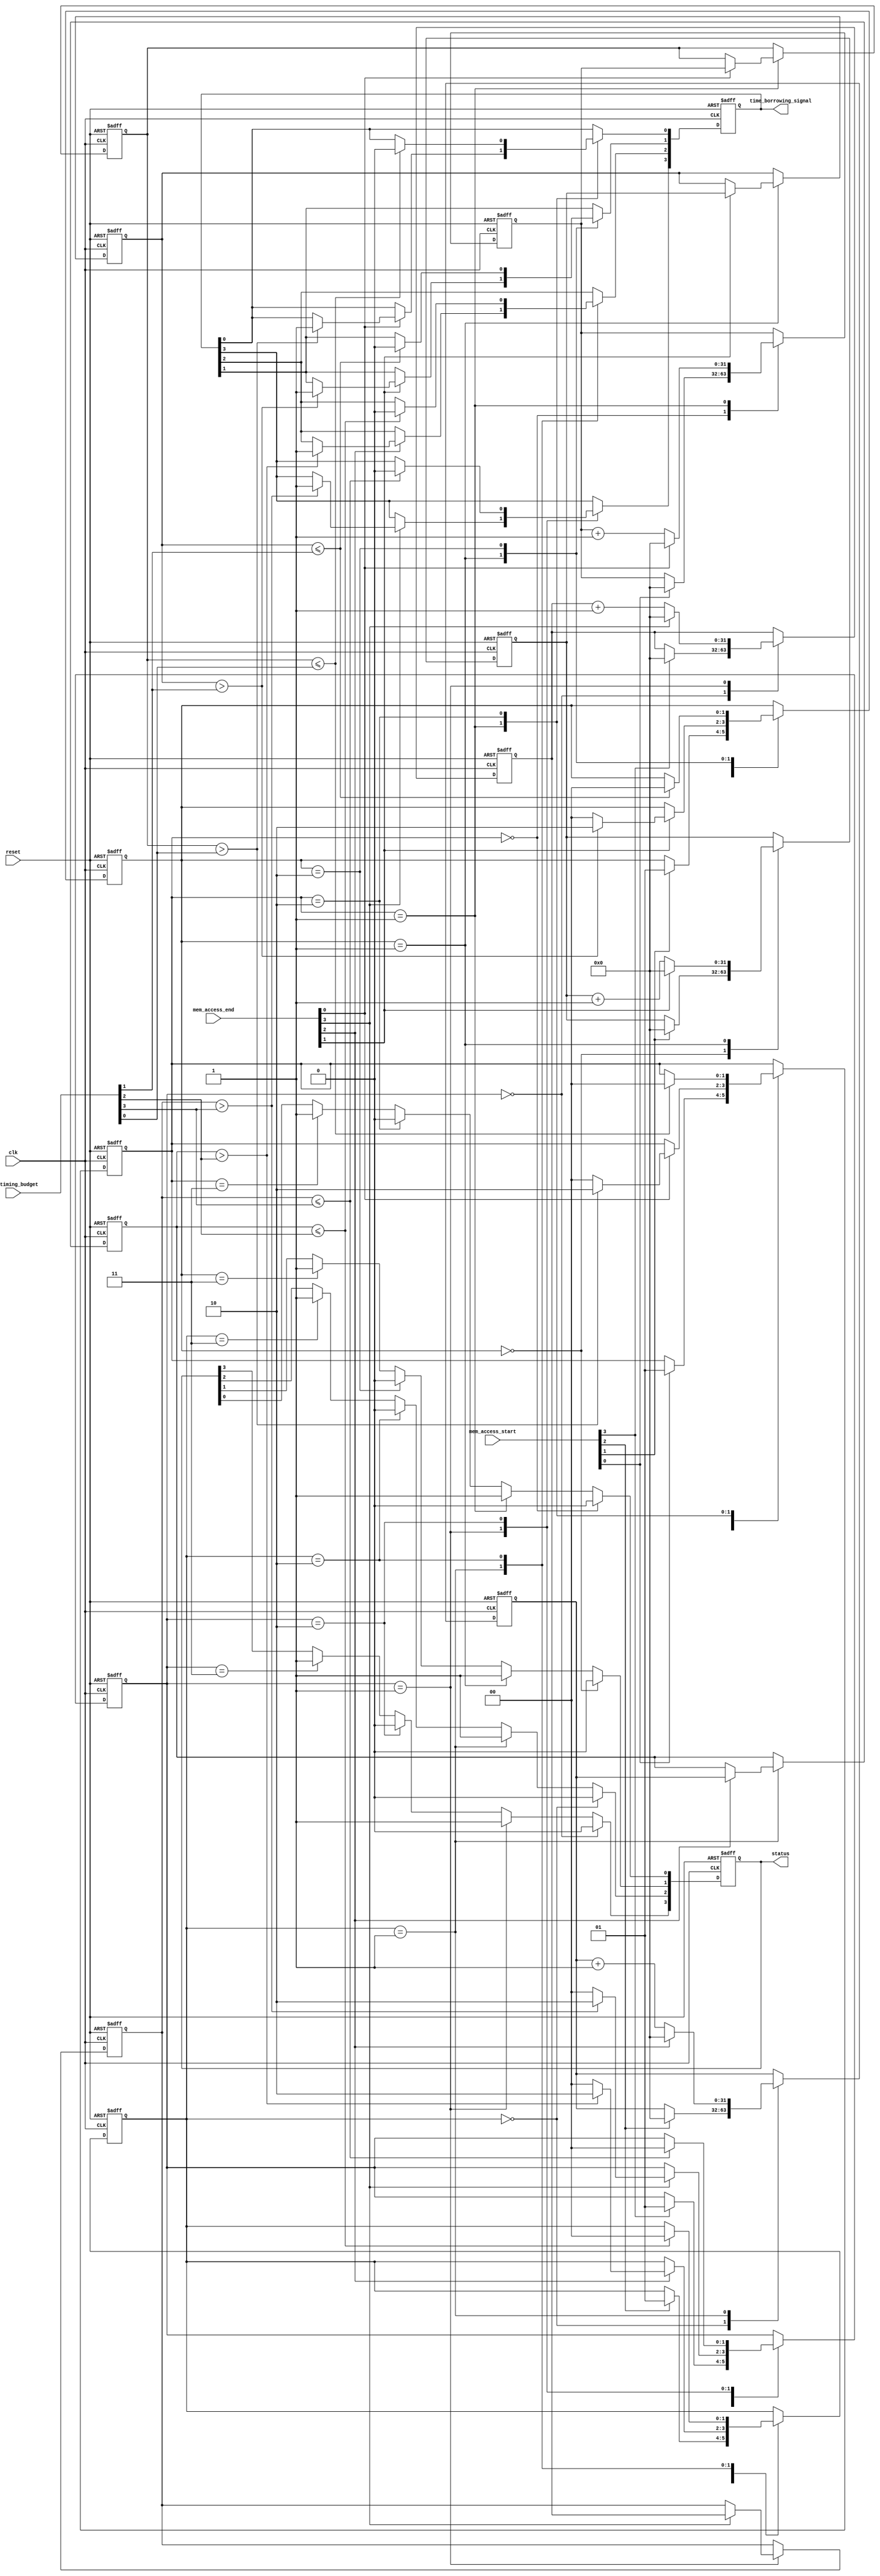
module MemoryBlocksTimeBorrowingDetector (
    input wire clk,
    input wire reset,
    input wire [NUM_BLOCKS-1:0] mem_access_start,  // Start signals for each memory block
    input wire [NUM_BLOCKS-1:0] mem_access_end,    // End signals for each memory block
    input wire [NUM_BLOCKS-1:0] mem_timing_budget,  // Timing budget for each memory block
    output reg [NUM_BLOCKS-1:0] time_borrowing_signal, // Time borrowing detection signal
    output reg [NUM_BLOCKS-1:0] status // Status signals for each memory block
);

parameter NUM_BLOCKS = 4; // Number of memory blocks
parameter IDLE = 2'b00, ACTIVE = 2'b01, BORROW = 2'b10, ERROR = 2'b11;

reg [1:0] state [0:NUM_BLOCKS-1]; // State for each memory block
reg [31:0] timer [0:NUM_BLOCKS-1]; // Timer for each memory block
reg [31:0] elapsed_time [0:NUM_BLOCKS-1]; // Elapsed time for each memory block

integer i;

// State machine and timing logic
always @(posedge clk or posedge reset) begin
    if (reset) begin
        for (i = 0; i < NUM_BLOCKS; i = i + 1) begin
            state[i] <= IDLE;
            timer[i] <= 0;
            elapsed_time[i] <= 0;
            time_borrowing_signal[i] <= 0;
            status[i] <= 0; // Initialize status
        end
    end else begin
        for (i = 0; i < NUM_BLOCKS; i = i + 1) begin
            case (state[i])
                IDLE: begin
                    if (mem_access_start[i]) begin
                        state[i] <= ACTIVE;
                        timer[i] <= 0; // Reset timer
                    end
                end

                ACTIVE: begin
                    timer[i] <= timer[i] + 1; // Increment timer
                    if (mem_access_end[i]) begin
                        elapsed_time[i] <= timer[i]; // Capture elapsed time
                        timer[i] <= 0; // Reset timer
                        state[i] <= IDLE; // Go back to IDLE
                        // Check for time borrowing
                        if (elapsed_time[i] > mem_timing_budget[i]) begin
                            time_borrowing_signal[i] <= 1; // Set borrowing signal
                            state[i] <= BORROW; // Transition to BORROW state
                        end
                    end
                end

                BORROW: begin
                    // Logic to handle borrowing state
                    // Here we can check if another block is active and borrowing time
                    // For simplicity, we assume borrowing is detected if we are in this state
                    if (elapsed_time[i] <= mem_timing_budget[i]) begin
                        time_borrowing_signal[i] <= 0; // Clear borrowing signal
                        state[i] <= IDLE; // Return to IDLE
                    end
                end

                ERROR: begin
                    // Handle error state if needed
                end

                default: state[i] <= IDLE; // Default to IDLE
            endcase

            // Update status signals
            if (state[i] == IDLE) begin
                status[i] <= 2'b00; // Idle
            end else if (state[i] == ACTIVE) begin
                status[i] <= 2'b01; // Active
            end else if (state[i] == BORROW) begin
                status[i] <= 2'b10; // Borrowing
            end else if (state[i] == ERROR) begin
                status[i] <= 2'b11; // Error
            end
        end
    end
end

endmodule